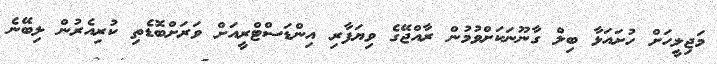
މަޖިލީހަށް ހުށައަޅާ ބިލް ގާނޫނަކަށްވުމުން ރާއްޖޭގެ ވިޔަފާރި އިންޑަސްޓްރީއަށް ވަރަށްބޮޑެތި ކުރިއެރުން ލިބޭނެ